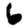
Digit: 6